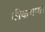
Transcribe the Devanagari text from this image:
ठीकभारत